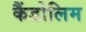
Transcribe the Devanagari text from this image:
कैंडोलिम